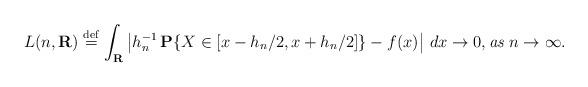
LaTeX: \begin{align*}L(n,{\bf R})\stackrel{\rm def}{=}\int_{{\bf R}}\left| h_{n}^{-1}\,{\bf P}\{X\in [x-h_{n}/2,x+h_{n}/2]\}-f(x)\right| \,dx\rightarrow 0,\mbox{{\it as} }n\rightarrow {\infty }. \end{align*}